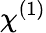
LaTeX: \chi^{(1)}